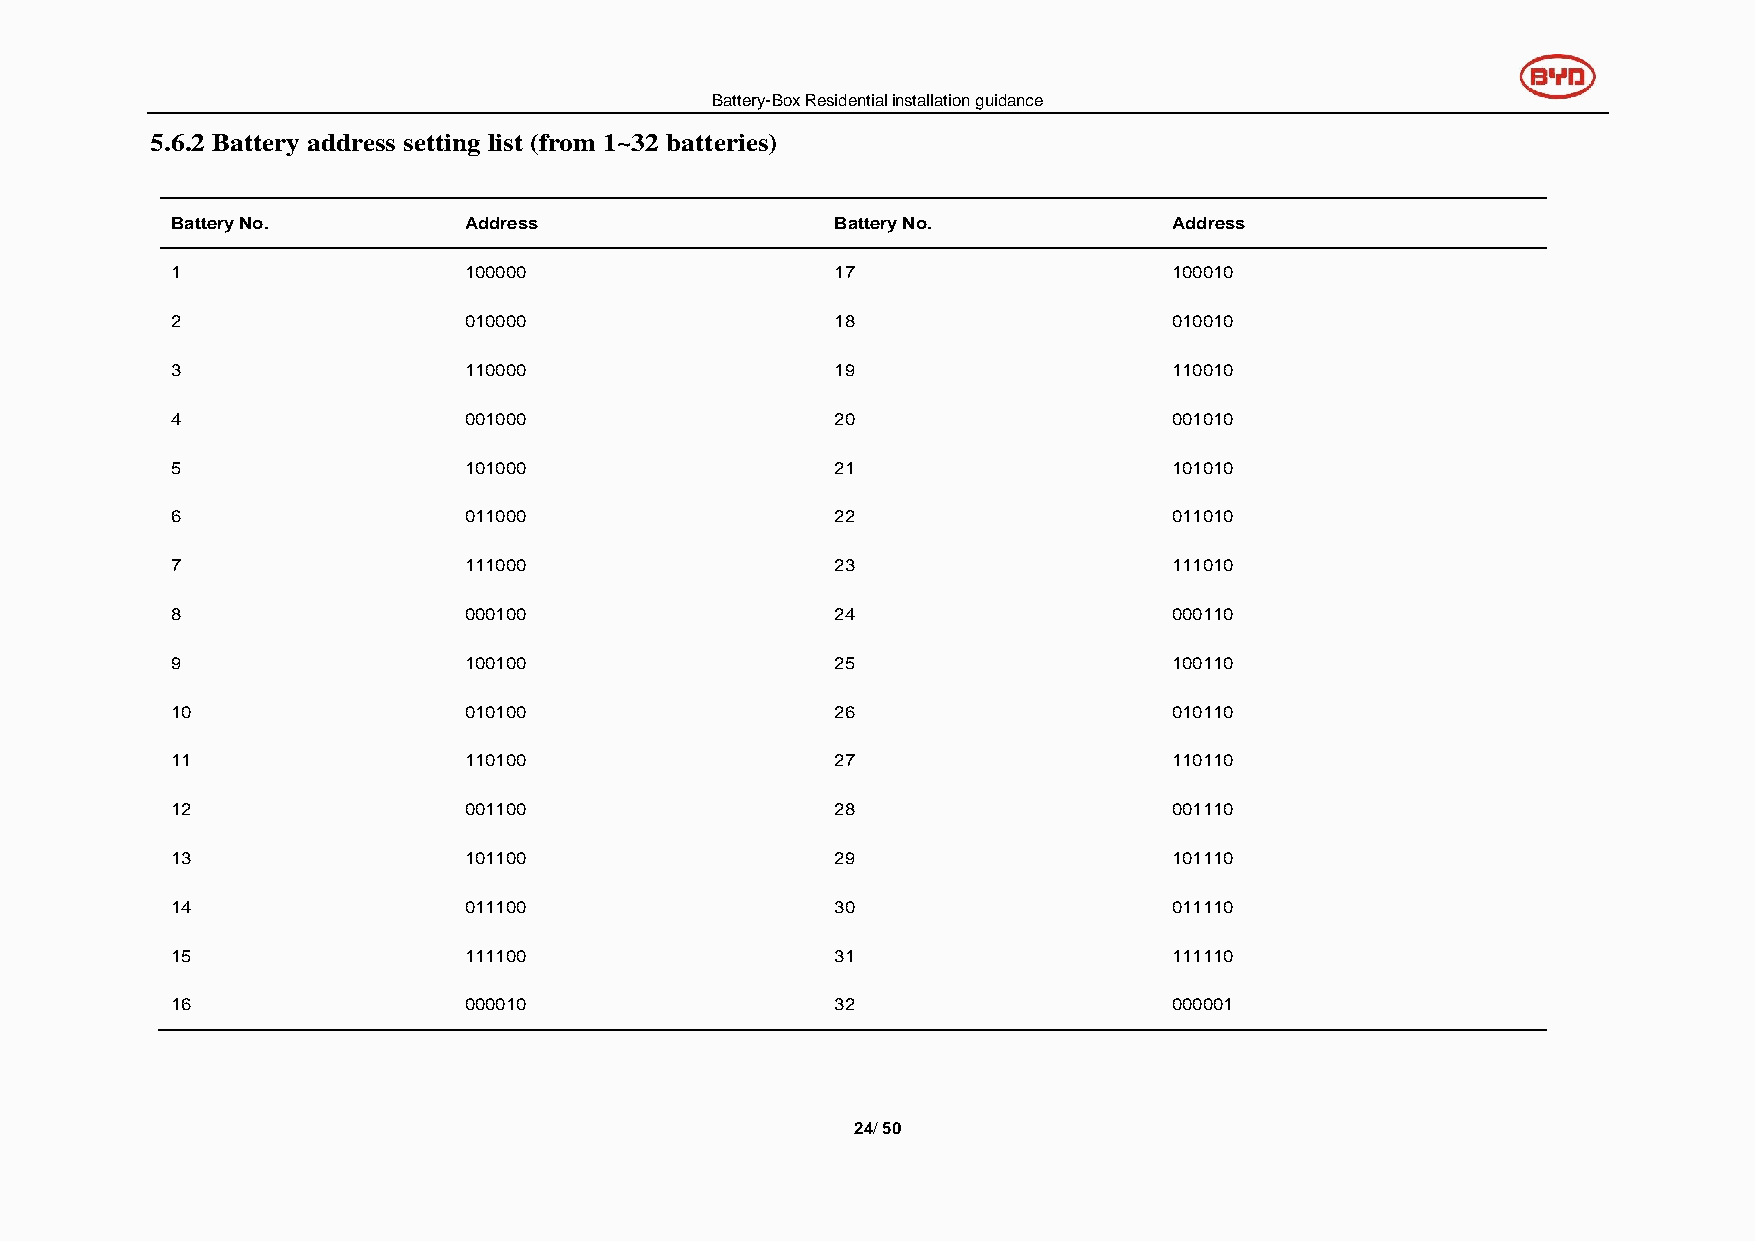
Battery-Box Residential installation guidance
 5.6.2 Battery address setting list (from 1~32 batteries)
 Battery No.         Address                 Battery No.            Address
 1                   100000                  17                     100010
 2                   010000                  18                     010010
 3                   110000                  19                     110010
 4                   001000                  20                     001010
 5                   101000                  21                     101010
 6                   011000                  22                     011010
 7                   111000                  23                     111010
 8                   000100                  24                     000110
 9                   100100                  25                     100110
 10                  010100                  26                     010110
 11                  110100                  27                     110110
 12                  001100                  28                     001110
 13                  101100                  29                     101110
 14                  011100                  30                     011110
 15                  111100                  31                     111110
 16                  000010                  32                     000001
 24/ 50